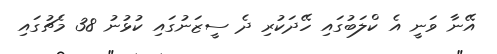
އޭނާ ވަނީ އެ ކްލަބުގައި ހޭދަކުރި ދެ ސީޒަނުގައި ކުޅުނު 38 މެޗުގައި